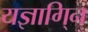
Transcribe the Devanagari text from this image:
यज्ञागि्न